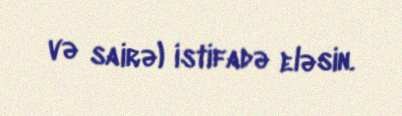
və sairə) istifadə eləsin.